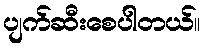
ပျက်ဆီးစေပါတယ်။